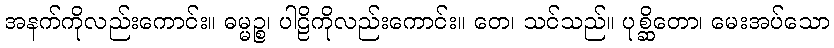
အနက်ကိုလည်းကောင်း။ ဓမ္မဉ္စ၊ ပါဠိကိုလည်းကောင်း။ တေ၊ သင်သည်။ ပုစ္ဆိတော၊ မေးအပ်သော